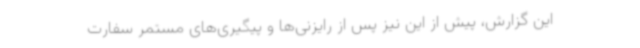
این گزارش، پیش از این نیز پس از رایزنی‌ها و پیگیری‌های مستمر سفارت